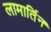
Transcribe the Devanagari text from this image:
लामार्तिन